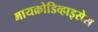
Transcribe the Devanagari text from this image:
मायक्रोडिव्हाइसेस